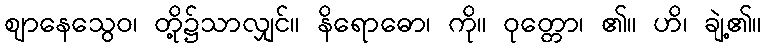
ဈာနေသွေဝ၊ တို့၌သာလျှင်။ နိရောဓော၊ ကို။ ဝုတ္တော၊ ၏။ ဟိ၊ ချဲ့၏။